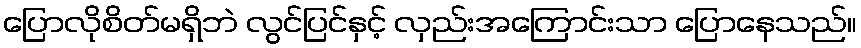
ပြောလိုစိတ်မရှိဘဲ လွင်ပြင်နှင့် လှည်းအကြောင်းသာ ပြောနေသည်။